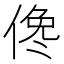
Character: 𠋂